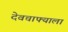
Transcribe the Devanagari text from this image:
देवचाफ्याला